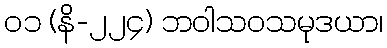
၀၁ (နိ-၂၂၄) ဘဝါသဝသမုဒယာ၊